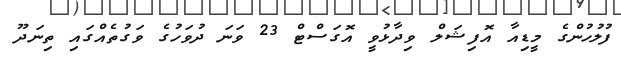
ފުލުހުންގެ މީޑިއާ އޮފިޝަލް ވިދާޅުވީ އޮގަސްޓް 23 ވަނަ ދުވަހުގެ ވަގުތެއްގައި ތިނަދޫ